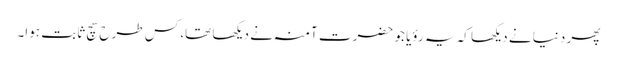
پھر دنیا نے دیکھا کہ یہ رؤیا جو حضرت آمنہ نے دیکھا تھا، کس طرح سچ ثابت ہوا۔